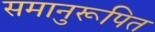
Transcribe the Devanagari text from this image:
समानुरूपित